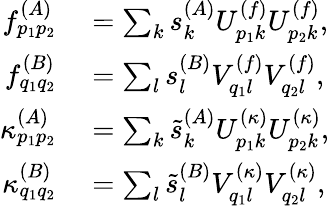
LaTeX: \begin{array}{rl}{f_{p_{1}p_{2}}^{(A)}}&{{}=\sum_{k}s_{k}^{(A)}U_{p_{1}k}^{(f)}U_{p_{2}k}^{(f)},}\\ {f_{q_{1}q_{2}}^{(B)}}&{{}=\sum_{l}s_{l}^{(B)}V_{q_{1}l}^{(f)}V_{q_{2}l}^{(f)},}\\ {\kappa_{p_{1}p_{2}}^{(A)}}&{{}=\sum_{k}\tilde{s}_{k}^{(A)}{U}_{p_{1}k}^{(\kappa)}{U}_{p_{2}k}^{(\kappa)},}\\ {\kappa_{q_{1}q_{2}}^{(B)}}&{{}=\sum_{l}\tilde{s}_{l}^{(B)}{V}_{q_{1}l}^{(\kappa)}{V}_{q_{2}l}^{(\kappa)},}\end{array}